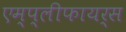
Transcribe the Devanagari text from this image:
एम्प्लीफायर्स